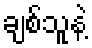
ချစ်သူနဲ့